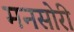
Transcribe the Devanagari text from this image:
मनसोरी